Madras plague regulations and rules - Volume 2
Disease focus: Plague
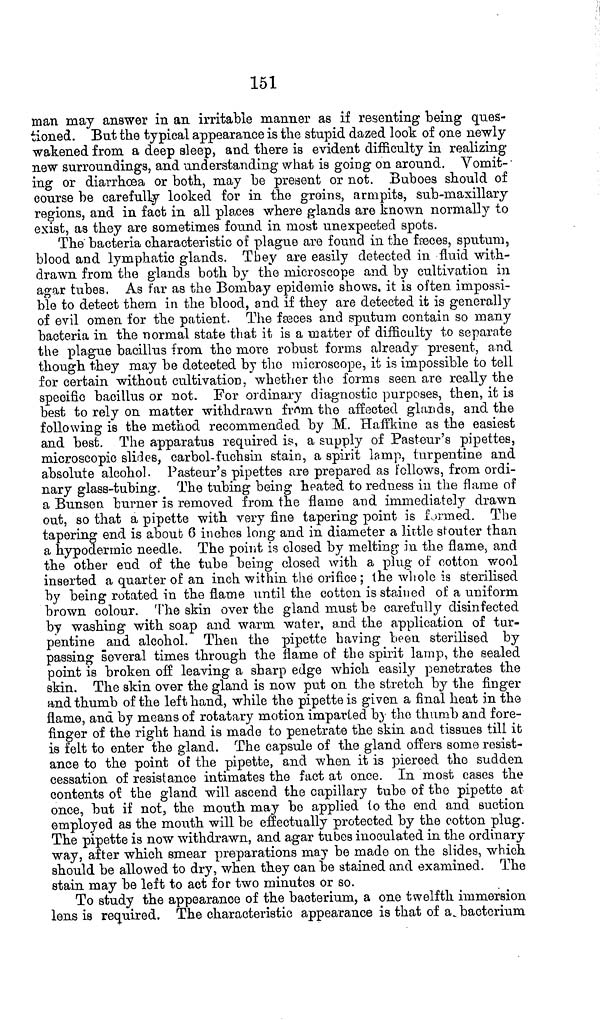
151
man may answer in an irritable manner as if resenting being ques-
tioned. But the typical appearance is the stupid dazed look of one newly
wakened from a deep sleep, and there is evident difficulty in realizing
new surroundings, and understanding what is going on around. Vomit-
ing or diarrhoea or both, may be present or not. Buboes should of
course be carefully looked for in the groins, armpits, sub-maxillary
regions, and in fact in all places where glands are known normally to
exist, as they are sometimes found in most unexpected spots.
The bacteria characteristic of plague are found in the fæces, sputum,
blood and lymphatic glands. They are easily detected in fluid with-
drawn from the glands both by the microscope and by cultivation in
agar tubes. As far as the Bombay epidemic shows, it is often impossi-
ble to detect them in the blood, and if they are detected it is generally
of evil omen for the patient. The fæces and sputum contain so many
bacteria in the normal state that it is a matter of difficulty to separate
the plague bacillus from the more robust forms already present, and
though they may be detected by the microscope, it is impossible to tell
for certain without cultivation, whether the forma seen are really the
specific bacillus or not. For ordinary diagnostic purposes, then, it is
best to rely on matter withdrawn from the affected glands, and the
following is the method recommended by M. Haffkine as the easiest
and best. The apparatus required is, a supply of Pasteur's pipettes,
microscopic slides, carbol-fuchsin stain, a spirit lamp, turpentine and
absolute alcohol. Pasteur's pipettes are prepared as follows, from ordi-
nary glass-tubing. The tubing being heated to redness in the flame of
a Bunsen burner is removed from the flame and immediately drawn
out, so that a pipette with very fine tapering point is formed. The
tapering end is about 6 inches long and in diameter a little stouter than
a hypodermic needle. The point is closed by melting in the flame, and
the other end of the tube being closed with a plug of cotton wool
inserted a quarter of an inch within the orifice ; the whole is sterilised
by being rotated in the flame until the cotton is stained of a uniform
brown colour. The skin over the gland must be carefully disinfected
by washing with soap and warm water, and the application of tur-
pentine and alcohol. Then the pipette having been sterilised by
passing several times through the flame of the spirit lamp, the sealed
point is broken off leaving a sharp edge which easily penetrates the
skin. The skin over the gland is now put on the stretch by the finger
and thumb of the left hand, while the pipette is given a final heat in the
flame, and by means of rotatary motion imparted by the thumb and fore-
finger of the right hand is made to penetrate the skin and tissues till it
is felt to enter the gland. The capsule of the gland offers some resist-
ance to the point of the pipette, and when it is pierced the sudden
cessation of resistance intimates the fact at once. In most cases the
contents of the gland will ascend the capillary tube of the pipette at
once, but if not, the mouth may be applied to the end and suction
employed as the mouth will be effectually protected by the cotton plug.
The pipette is now withdrawn, and agar tubes inoculated in the ordinary
way, after which smear preparations may be made on the slides, which
should be allowed to dry, when they can be stained and examined. The
stain may be left to act for two minutes or so.
To study the appearance of the bacterium, a one twelfth immersion
lens is required. The characteristic appearance is that of a bacterium